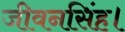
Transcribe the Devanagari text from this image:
जीवनसिंह।